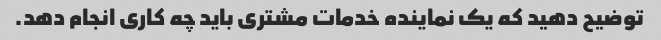
توضیح دهید که یک نماینده خدمات مشتری باید چه کاری انجام دهد.